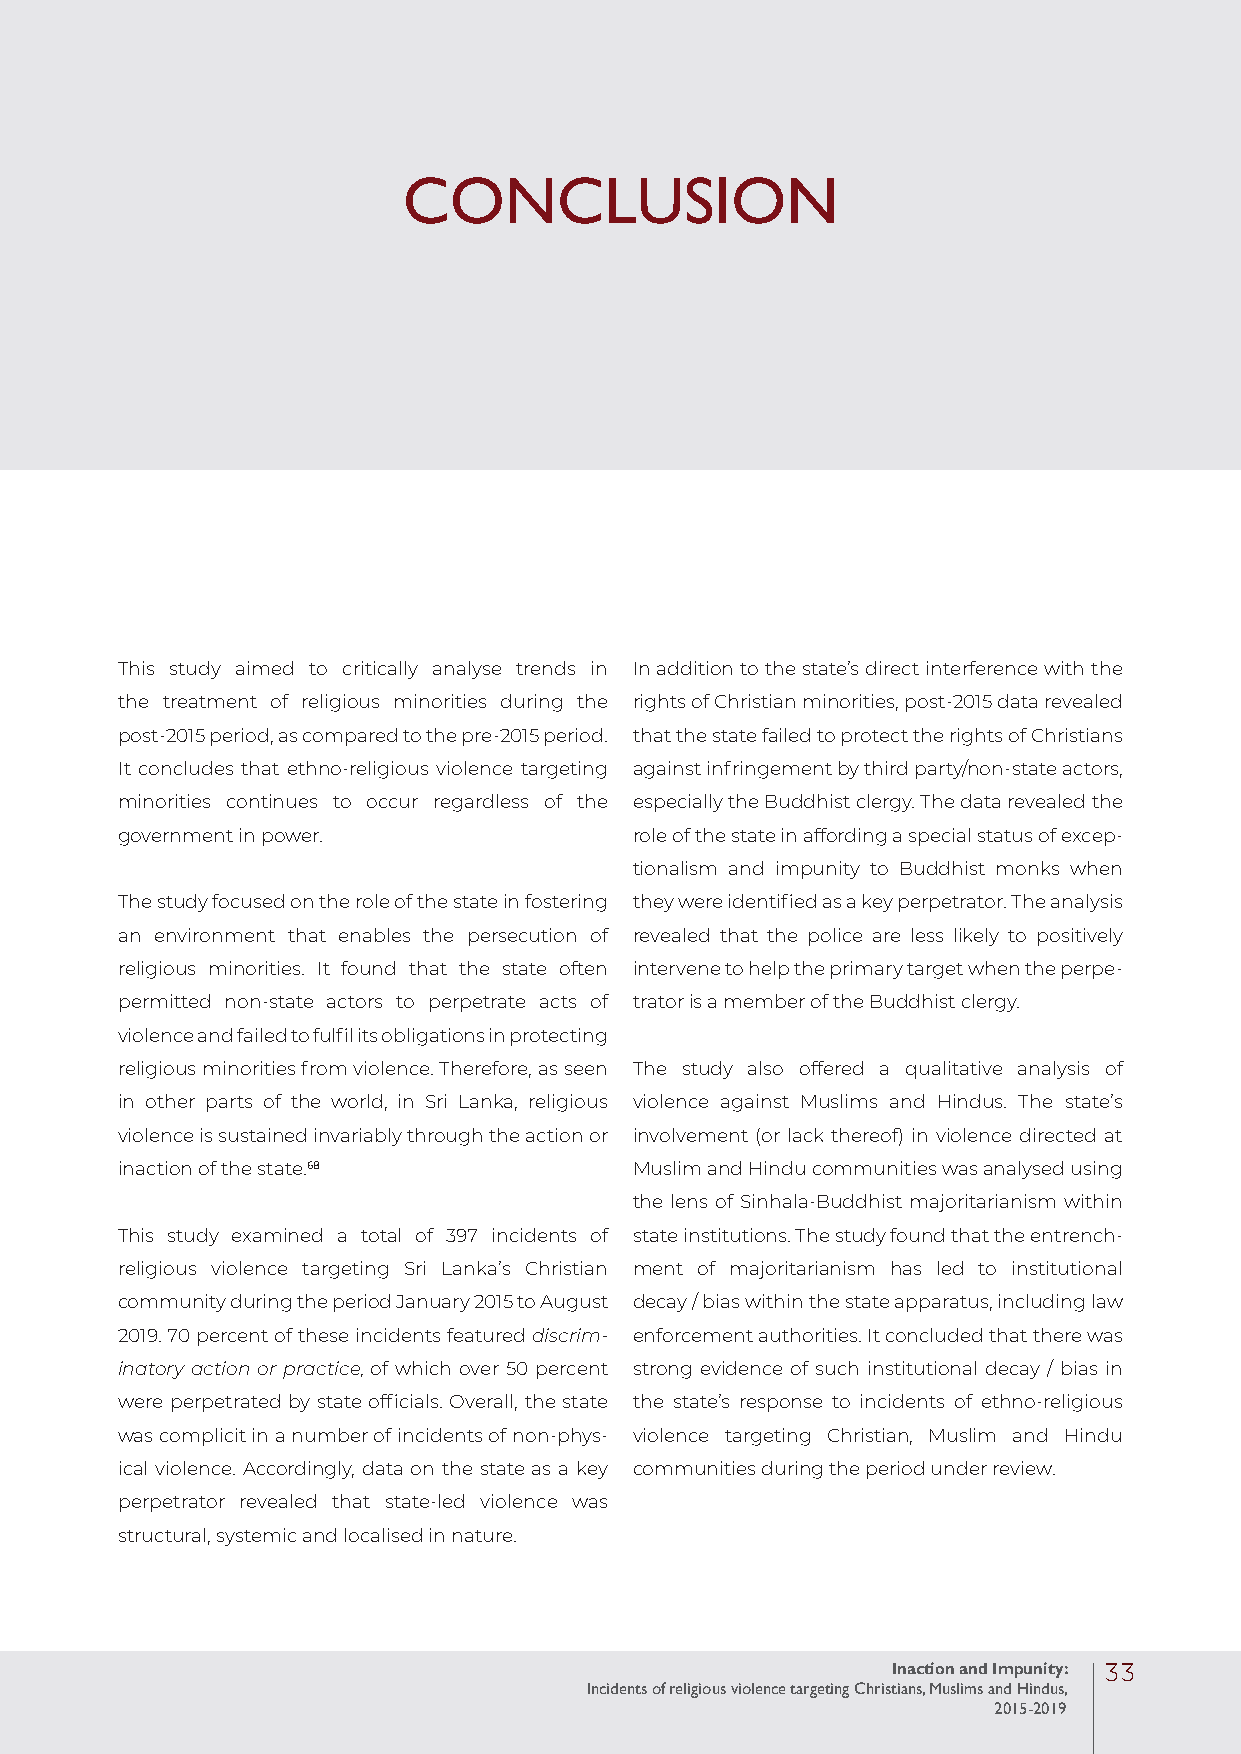
CONCLUSION
 This study aimed to critically analyse trends in In addition to the state’s direct interference with the
 the treatment of religious minorities during the rights of Christian minorities, post-2015 data revealed
 post-2015 period, as compared to the pre-2015 period. that the state failed to protect the rights of Christians
 It concludes that ethno-religious violence targeting against infringement by third party/non-state actors,
 minorities continues to occur regardless of the especially the Buddhist clergy. The data revealed the
 government in power.              role of the state in affording a special status of excep-
 tionalism and impunity to Buddhist monks when
 The study focused on the role of the state in fostering they were identified as a key perpetrator. The analysis
 an environment that enables the persecution of revealed that the police are less likely to positively
 religious minorities. It found that the state often intervene to help the primary target when the perpe-
 permitted non-state actors to perpetrate acts of trator is a member of the Buddhist clergy.
 violence and failed to fulfil its obligations in protecting
 religious minorities from violence. Therefore, as seen The study also offered a qualitative analysis of
 in other parts of the world, in Sri Lanka, religious violence against Muslims and Hindus. The state’s
 violence is sustained invariably through the action or involvement (or lack thereof) in violence directed at
 inaction of the state.68          Muslim and Hindu communities was analysed using
 the lens of Sinhala-Buddhist majoritarianism within
 This study examined a total of 397 incidents of state institutions. The study found that the entrench-
 religious violence targeting Sri Lanka’s Christian ment of majoritarianism has led to institutional
 community during the period January 2015 to August decay / bias within the state apparatus, including law
 2019. 70 percent of these incidents featured discrim- enforcement authorities. It concluded that there was
 inatory action or practice, of which over 50 percent strong evidence of such institutional decay / bias in
 were perpetrated by state officials. Overall, the state the state’s response to incidents of ethno-religious
 was complicit in a number of incidents of non-phys- violence targeting Christian, Muslim and Hindu
 ical violence. Accordingly, data on the state as a key communities during the period under review.
 perpetrator revealed that state-led violence was
 structural, systemic and localised in nature.
 Inaction and Impunity: 33
 Incidents of religious violence targeting Christians, Muslims and Hindus,
 2015-2019